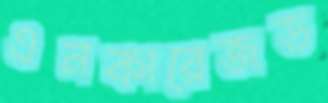
এনকারেজড